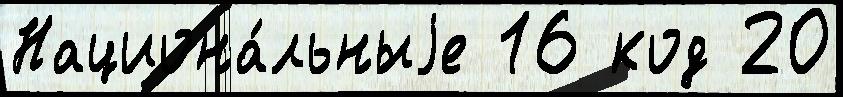
Национа́льныjе 16 код 20